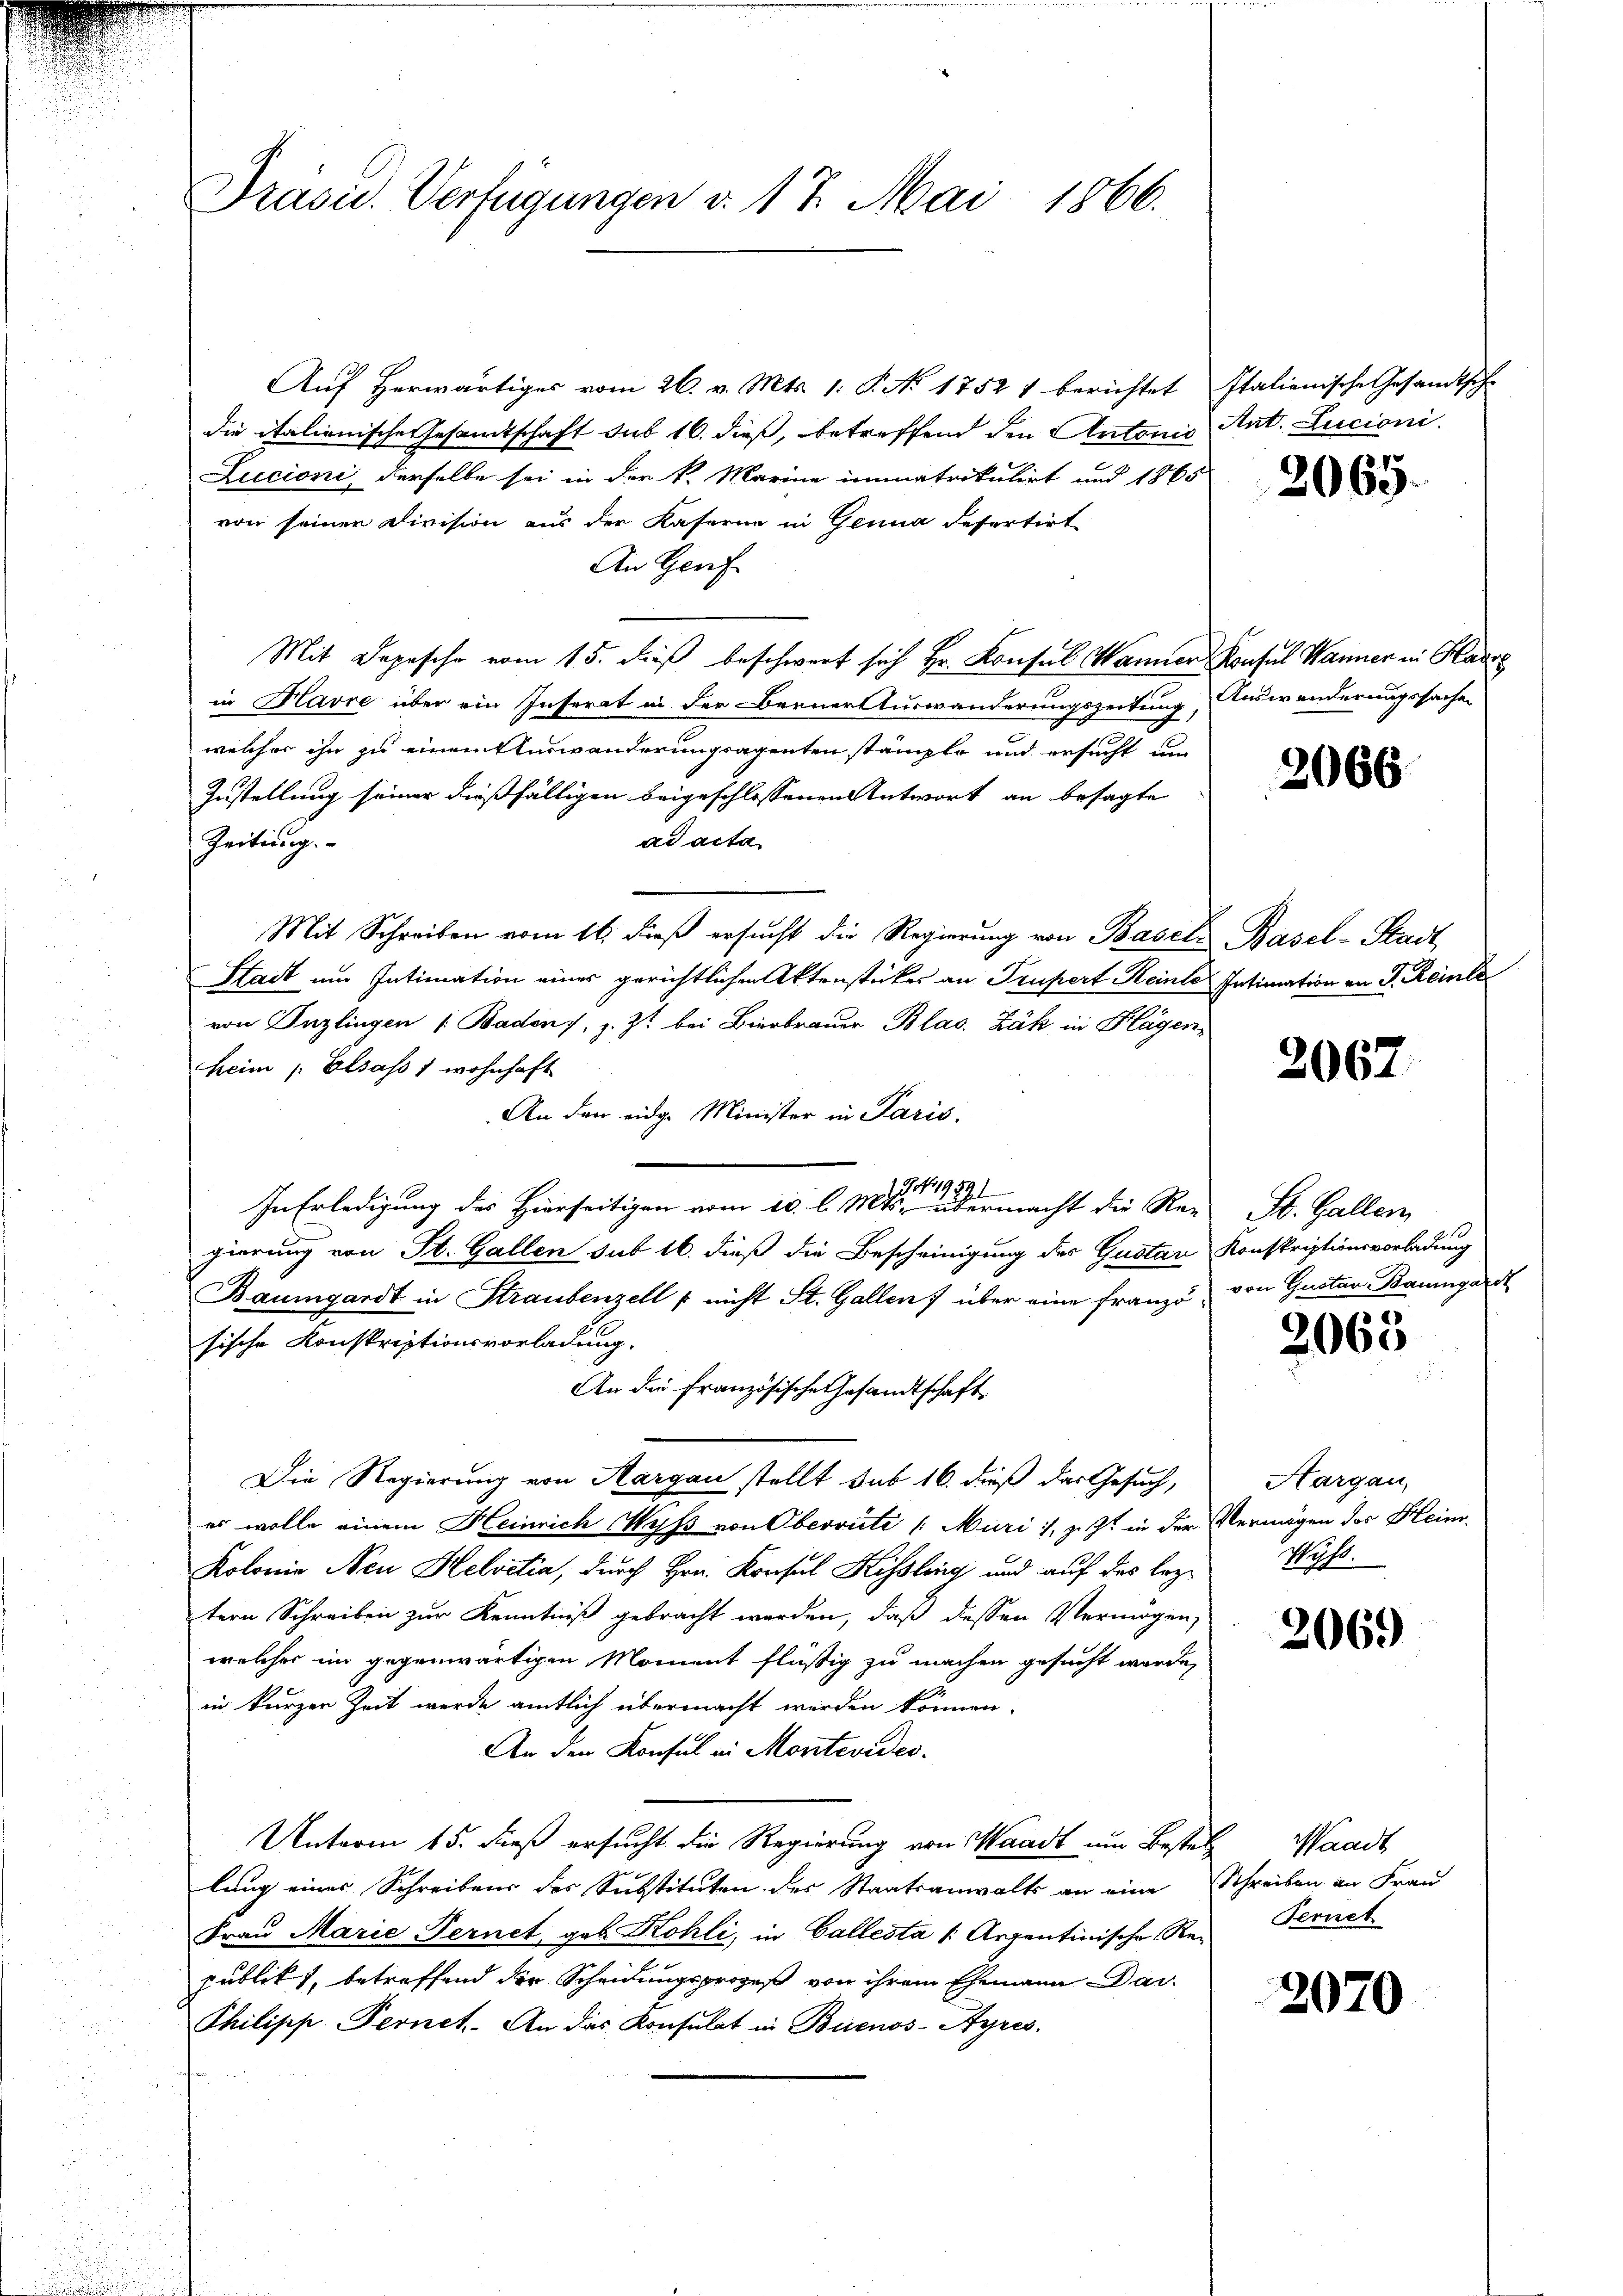
Präsid. Verfügungen v. 17. Mai 1866.

Auf herwärtiges vom 26. v. Mts. 1. P. No 1752 1 berichtet Italienische Gesandtsche
die italienische Gesamtschaft sub 16. dieß, betreffend den Antonis Ant. Lucioni
Zucioni, derselbe sei in der k. Marine immatrikulirt und 1865
von seinen Division aus der Kaserne in Genua desertirt
An Genf
Mit Depesche vom 15. dieß beschwert sich Hr. Konsul Wanner Konsul Wanner in Kade
in Havre über ein Inserat in der Berner Auswanderungszeitung, Auswanderungssachen
welcher ihn zu einem Auswanderungsagenten stämpte und ersucht um
Zustellung seiner dießfälligen beigeschlossenen Antwort an besagte
ad acta
Zeitung.
Mit Schreiben vom 16. dieß ersucht die Regierung von Basels Basel-Stadt
Stadt um Intimation eines gerichtlichen Aktenstücker an Trupert Reinte Intimation an J. Reinle
von Enzlingen [Baden, z. Zt. bei Bierbrauer Blas. Zák in Hagen,
heim /: Elsass s wohnhaft
An den eidg. Minister in Paris,
3 No 1959
t
In Erledigung des Hierseitigen vom 10. l. Mts. übermacht die Reu St. Gallen,
gierung von St. Gallen sub 16. dieß die Bescheinigung der Gustan Konskriptionsvorladung
Baumgardt in Straubenzell p nicht St. Gallen über eine franzo, von Gustav Baumgardt
sische Konskriptionsvorladung.
An die französische Gesandtschaft
Die Regierung von Margau stellt sub 16. dieß das Gesuch,
es wolle einem Heinrich Wyß von Oberrüti /: Muri, jezt in der Vermögen des Heine
Kolonie Neu Helvetia, durch Hrn. Konsul Kissling und auf das leztern Schreiben zur Kenntniß gebracht werden, daß dessen Vermögen,
welches im gegenwärtigen Moment flüßig zu machen gesucht wurde,
in kurzer Zeit wurde amtlich übermacht werden können.
An den Konsul in Montevides.
Unterm 15. Fuß ersucht die Regierung von Waadt um Besten Waadt
lung eines Schreibens des Substituten des Staatsanwalts an eine Schreiben an Frau
Frau Marie Fernet, geb. Kohli, in Gallesta /: Arzentinische Rei Fernet
publik, betreffend der Scheidungsprozeß von ihrem Ehemann Dar-
Philipp Fernet. An das Konsulat in Buenos-Ayres.

2069.

2066

2067

2063

Hargau,
Wyss.

2069

2070